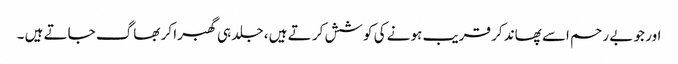
اور جو بے رحم اسے پھاند کر قریب ہونے کی کوشش کر تے ہیں ، جلد ہی گھبرا کر بھاگ جاتے ہیں ۔